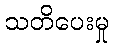
သတိပေးမှု